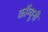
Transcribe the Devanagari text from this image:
कॉम्यूनी